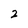
Character: 2